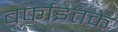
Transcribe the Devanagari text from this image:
बर्फाइतके